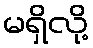
မရှိလို့